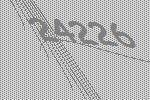
24226